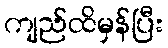
ကျည်ထိမှန်ပြီး